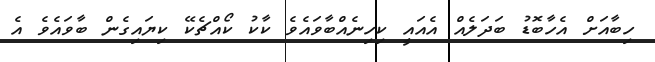
ހިބާއަށް އެހާބޮޑު ބަދަލެއް އެއައީ ކިހިނެއްބާވައެވެ ކާކު ކޯއްޗެކޭ ކިޔައިގެން ބާވައެވެ އެ